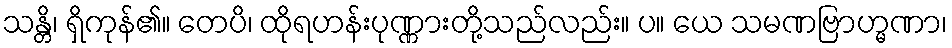
သန္တိ၊ ရှိကုန်၏။ တေပိ၊ ထိုရဟန်းပုဏ္ဏားတို့သည်လည်း။ ပ။ ယေ သမဏဗြာဟ္မဏာ၊